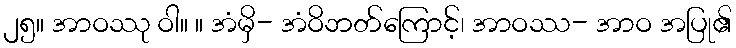
၂၅။ အာဝဿု ဝါ။ ။ အံမှိ- အံဝိဘတ်ကြောင့်၊ အာဝဿ- အာဝ အပြု၏